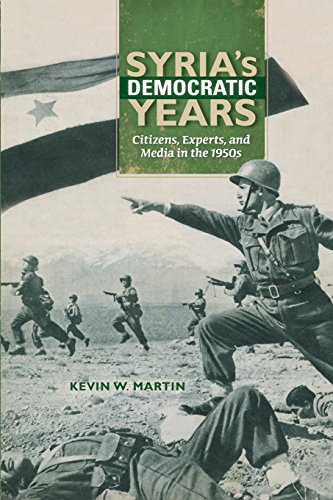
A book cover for Syria's Democratic Years: Citizens, Experts, and Media in the 1950s (Public Cultures of the Middle East and North Africa); Kevin W. Martin; History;